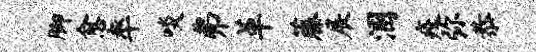
脚愈率啖弗革藤展溷疫弥恭